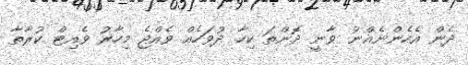
ދެން އެހެންނެއްނު ވާނީ ދޮންތަ ކިހާ ދުވަހެއް ވެއްޖެ މިހާރު ވެއިޓް ކުރާތާ